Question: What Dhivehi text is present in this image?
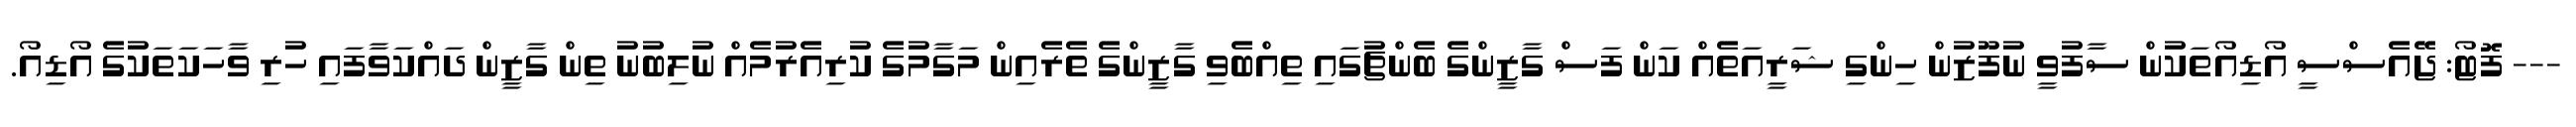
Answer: --- ފޮޓޯ: ޖޭއެސްސީ އޯޑިއޯތަކުން ސާފުވީ ނުފޫޒުން ހިންގި ޝަރީއަތެއް ކަން ފަސް ގާޒީންގެ ބެންޗުގައި ތިއްބެވި ގާޒީންގެ ތެރެއިން މަގާމުގެ ކުރިއެރުމެއް ނުލިބުނު ތިން ގާޒީން ދައްކަވާފައި ހުރި ވާހަކަތަކުގެ އޯޑިއޯ.